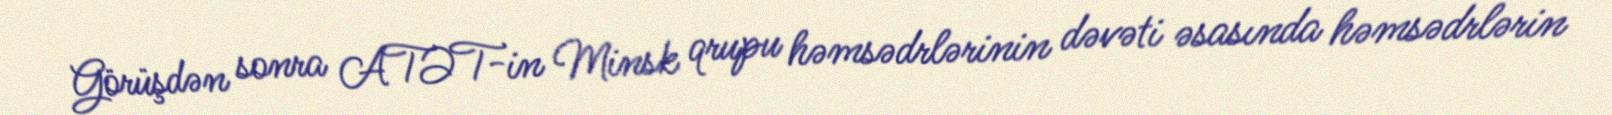
Görüşdən sonra ATƏT-in Minsk qrupu həmsədrlərinin dəvəti əsasında həmsədrlərin